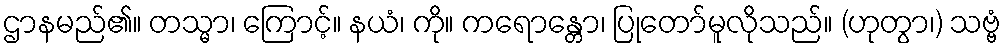
ဌာနမည်၏။ တသ္မာ၊ ကြောင့်။ နယံ၊ ကို။ ကရောန္တော၊ ပြုတော်မူလိုသည်။ (ဟုတွာ၊) သဗ္ဗံ